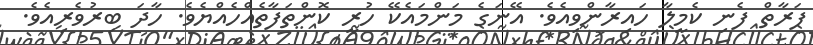
ފަރާތް ފެނި ކެމީލާ ހައިރާންވިއެވެ. އޭނަގެ މަންމައެކޭ ހުރީ ކޮންތަފާތެއްހެއްޔެވެ. ހާދަ ބިރުވެރިއެވެ.